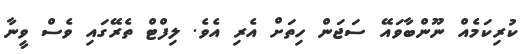
ކުރިކަމެއް ނޫންބާވައޭ ސަޖަން ހިތަށް އެރި އެވެ. ލިފްޓް ތެރޭގައި ވެސް ވީނާ